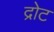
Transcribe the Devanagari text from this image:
द्रोट